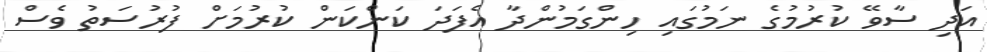
އަދި ސާވޭ ކުރުމުގެ ނަމުގައި ހިންގަމުންދާ އެފަދަ ކަންކަން ކުރުމަށް ފުރުސަތު ވެސް